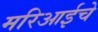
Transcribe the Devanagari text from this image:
मरिआईचे